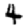
Digit: 4